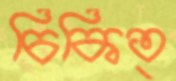
চিকিত্